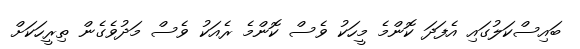
ބައިސްކަލުގައި އެފަދަ ކޮންމެ މީހަކު ވެސް ކޮންމެ ރެއަކު ވެސް މަދުވެގެން ތިރީހަކަށް